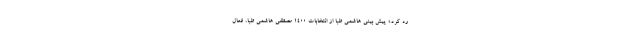
رد کرد.» پيش بينى هاشمى طبا از انتخابات ١٤٠٠ مصطفی هاشمی طبا، فعال